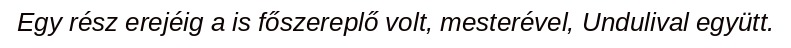
Egy rész erejéig a is főszereplő volt, mesterével, Undulival együtt.